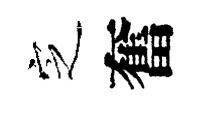
㝎奮